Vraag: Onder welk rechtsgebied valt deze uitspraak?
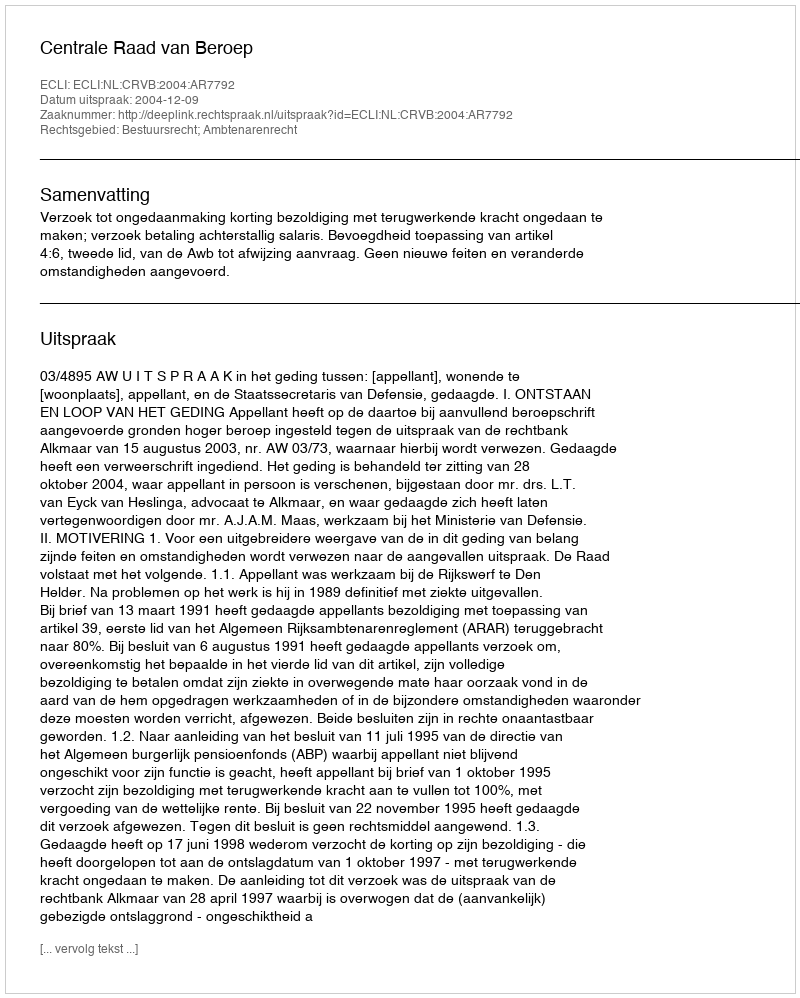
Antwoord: Bestuursrecht; Ambtenarenrecht